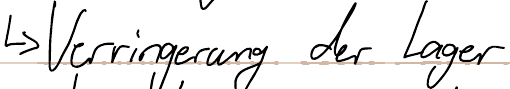
-> Verringerung der Lager